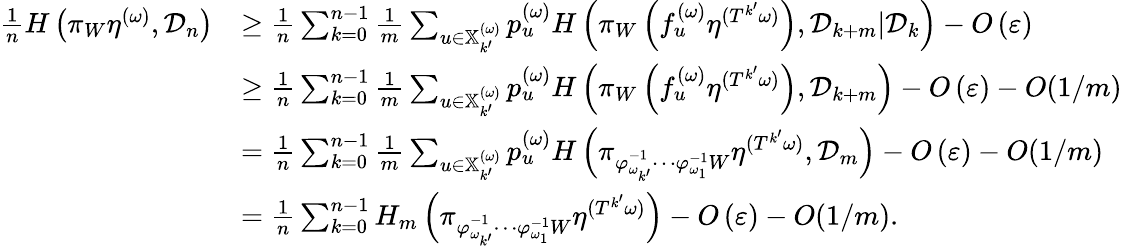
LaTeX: \begin{array}{rl}{\frac{1}{n}H\left(\pi_{W}\eta^{(\omega)},{\mathcal D}_{n}\right)}&{\geq\frac{1}{n}\sum_{k=0}^{n-1}\frac{1}{m}\sum_{u\in\mathbb{X}_{k^{\prime}}^{(\omega)}}p_{u}^{{(\omega)}}H\left(\pi_{W}\left(f_{u}^{(\omega)}\eta^{(T^{k^{\prime}}\omega)}\right),{\mathcal D}_{k+m}|{\mathcal D}_{k}\right)-O\left(\varepsilon\right)}\\ &{\geq\frac{1}{n}\sum_{k=0}^{n-1}\frac{1}{m}\sum_{u\in\mathbb{X}_{k^{\prime}}^{(\omega)}}p_{u}^{{(\omega)}}H\left(\pi_{W}\left(f_{u}^{(\omega)}\eta^{(T^{k^{\prime}}\omega)}\right),{\mathcal D}_{k+m}\right)-O\left(\varepsilon\right)-O(1/m)}\\ &{=\frac{1}{n}\sum_{k=0}^{n-1}\frac{1}{m}\sum_{u\in\mathbb{X}_{k^{\prime}}^{(\omega)}}p_{u}^{{(\omega)}}H\left(\pi_{\varphi_{\omega_{k^{\prime}}}^{-1}\cdots\varphi_{\omega_{1}}^{-1}W}\eta^{(T^{k^{\prime}}\omega)},{\mathcal D}_{m}\right)-O\left(\varepsilon\right)-O(1/m)}\\ &{=\frac{1}{n}\sum_{k=0}^{n-1}H_{m}\left(\pi_{\varphi_{\omega_{k^{\prime}}}^{-1}\cdots\varphi_{\omega_{1}}^{-1}W}\eta^{(T^{k^{\prime}}\omega)}\right)-O\left(\varepsilon\right)-O(1/m).}\end{array}